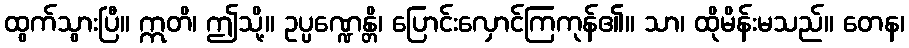
ထွက်သွားပြီ။ ဣတိ၊ ဤသို့။ ဥပ္ပဏ္ဍေန္တိ၊ ပြောင်းလှောင်ကြကုန်၏။ သာ၊ ထိုမိန်းမသည်။ တေန၊